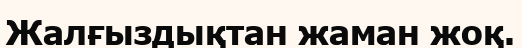
Жалғыздықтан жаман жоқ.